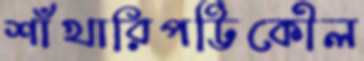
শাঁখারিপট্টিকৌল